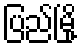
ပြည်မြို့